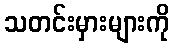
သတင်းမှားများကို